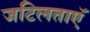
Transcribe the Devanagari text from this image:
जटिलताएॅ